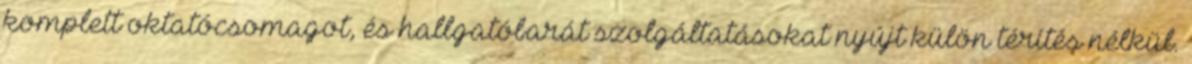
komplett oktatócsomagot, és hallgatóbarát szolgáltatásokat nyújt külön térítés nélkül.